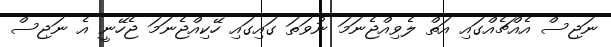
ނަޖިސް އެއްޗެއްގައި އަތް ލެވިއްޖެނަމަ ނުވަތަ ގައިގައި ހޭކިއްޖެނަމަ ޖެހޭނީ އެ ނަޖިސް